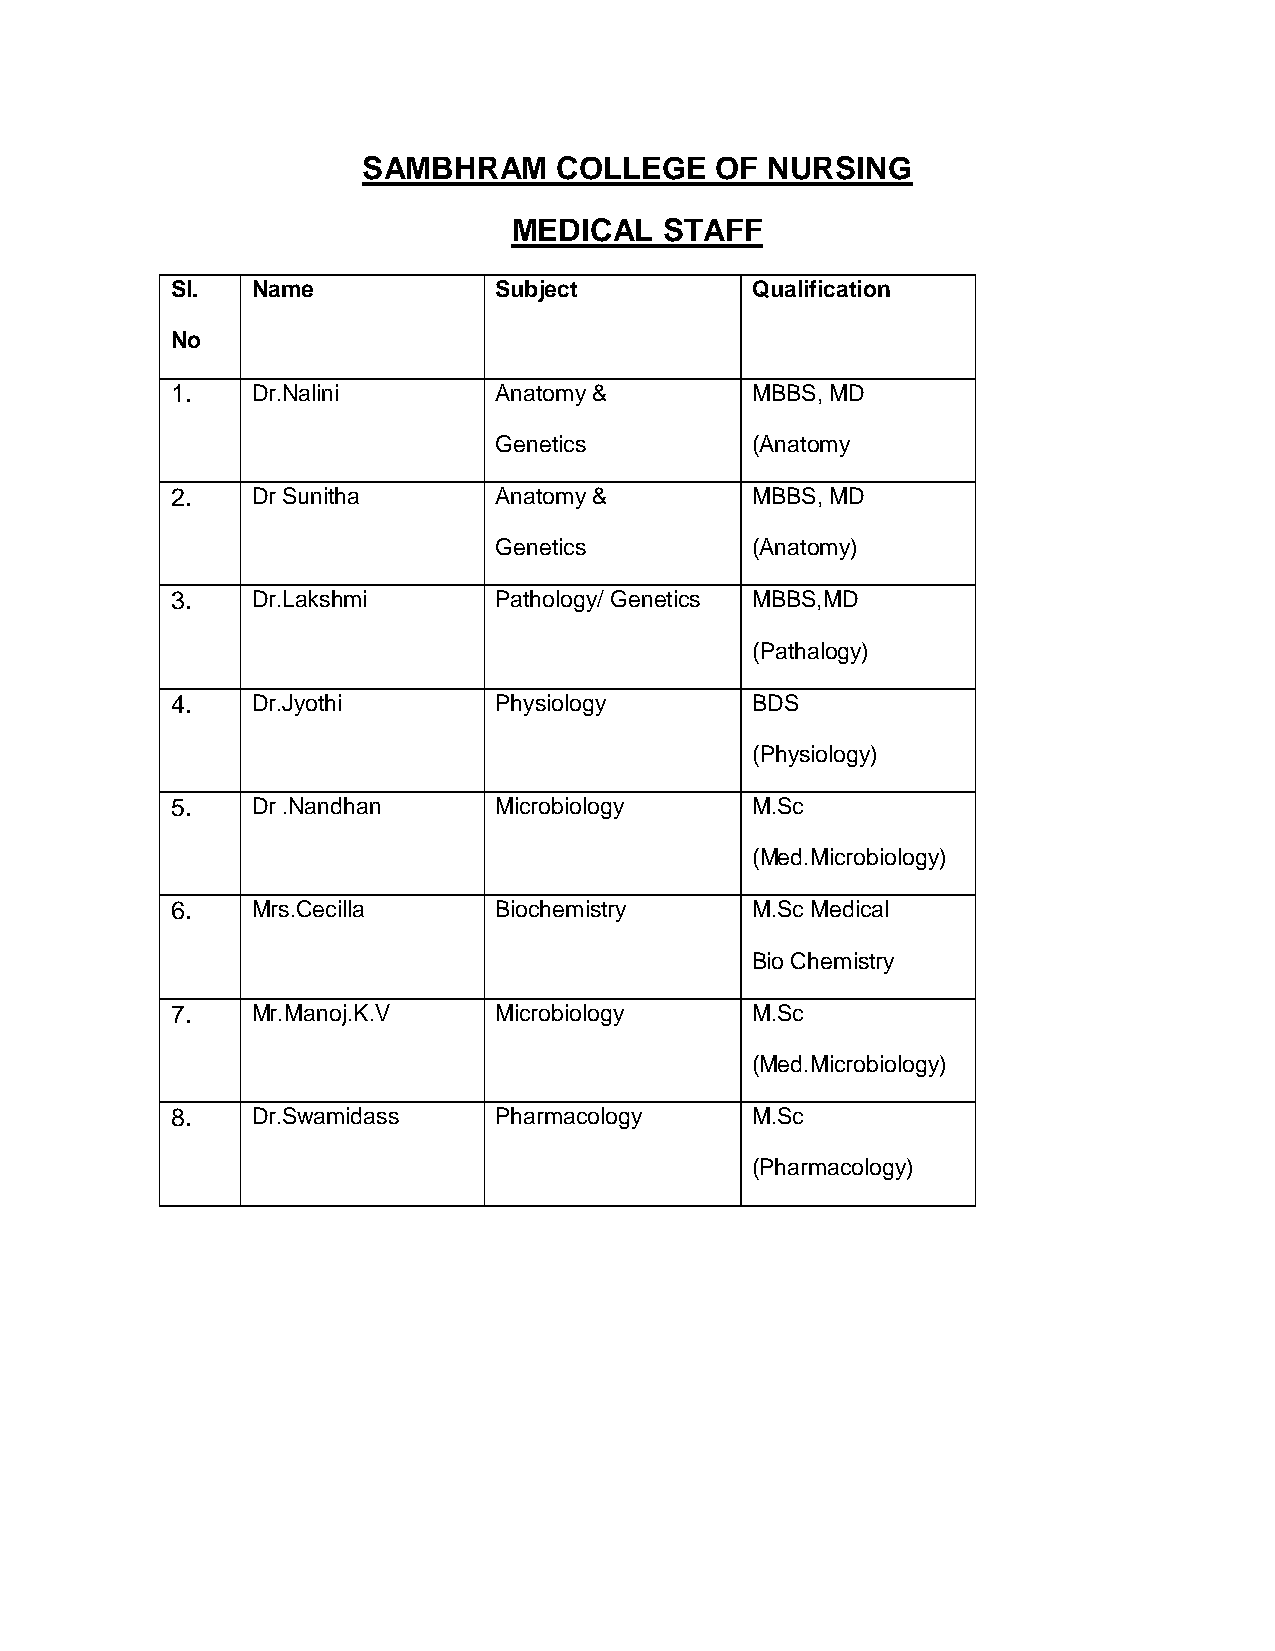
SAMBHRAM     COLLEGE   OF  NURSING
 MEDICAL   STAFF
 Sl.   Name            Subject          Qualification
 No
 1.    Dr.Nalini       Anatomy &        MBBS, MD
 Genetics         (Anatomy
 2.    Dr Sunitha      Anatomy &        MBBS, MD
 Genetics         (Anatomy)
 3.    Dr.Lakshmi      Pathology/ Genetics MBBS,MD
 (Pathalogy)
 4.    Dr.Jyothi       Physiology       BDS
 (Physiology)
 5.    Dr .Nandhan     Microbiology     M.Sc
 (Med.Microbiology)
 6.    Mrs.Cecilla     Biochemistry     M.Sc Medical
 Bio Chemistry
 7.    Mr.Manoj.K.V    Microbiology     M.Sc
 (Med.Microbiology)
 8.    Dr.Swamidass    Pharmacology     M.Sc
 (Pharmacology)